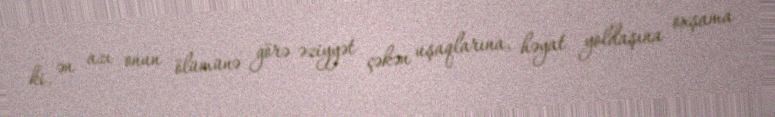
ki, ən azı onun ölümünə görə əziyyət çəkən uşaqlarına, həyat yoldaşına oxşama